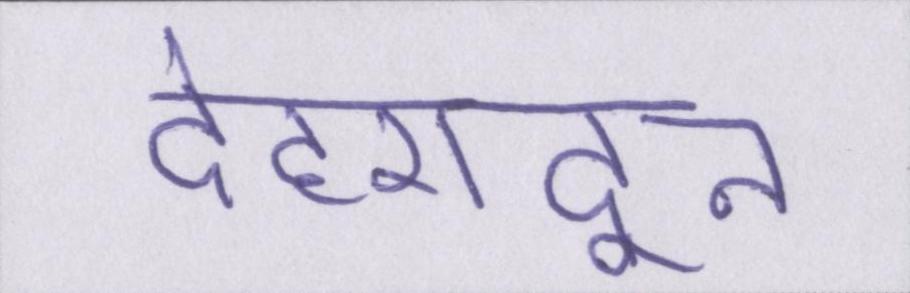
देहरादून